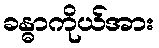
ခန္ဓာကိုယ်အား